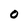
Character: o